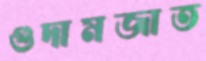
গুদামজাত